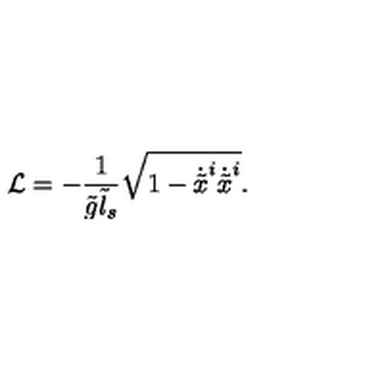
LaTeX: { \cal L } = - \frac { 1 } { \tilde { g } \tilde { l } _ { s } } \sqrt { 1 - \dot { \tilde { x } } ^ { i } \dot { \tilde { x } } ^ { i } } .